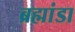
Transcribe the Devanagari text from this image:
ब्रह्मांडा